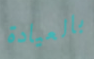
بالعيادة